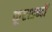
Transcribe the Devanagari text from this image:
कूटशब्दों